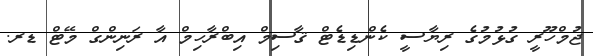
ޖުމްހޫރީ ގުޅުމުގެ ރިޔާސީ ކެންޑިޑެޓް ޤާސިމް އިބްރާހިމް އާ ރަނިންގް މޭޓް ޑރ.